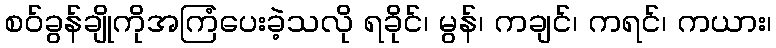
စဝ်ခွန်ချိုကိုအကြံပေးခဲ့သလို ရခိုင်၊ မွန်၊ ကချင်၊ ကရင်၊ ကယား၊